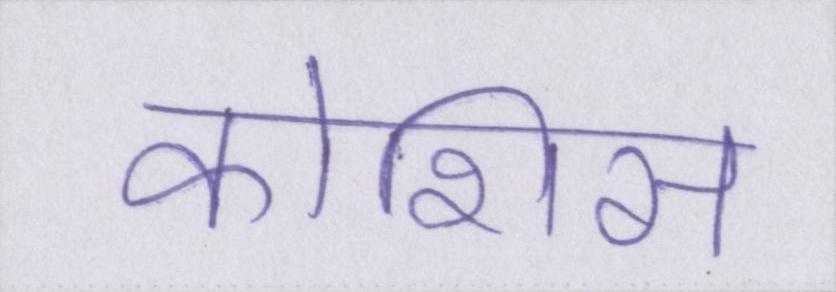
कोशिस